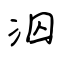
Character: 泅